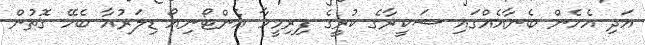
އަދި އެހެން ބެނާއެއްގައި ޝަކީރާގެ ކުރީގެ ފިރިމީހާ އެންޓޯނިއޯ ޑިލަރުއާ ބެހޭ ގޮތުން